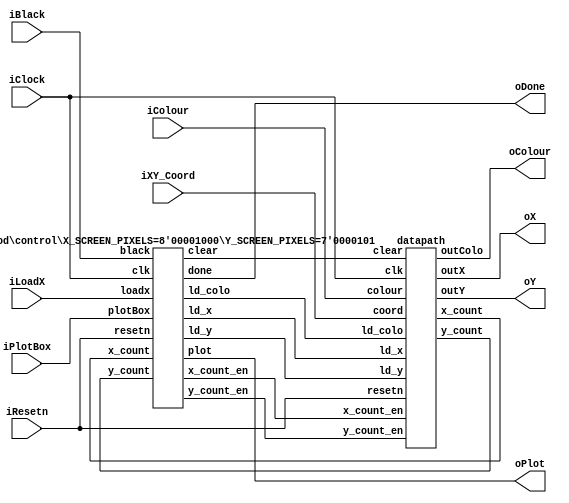
//
// This is the template for Part 2 of Lab 7.
//
// Paul Chow
// November 2021
//

module part2(iResetn, iPlotBox, iBlack, iColour, iLoadX, iXY_Coord, iClock, oX, oY, oColour, oPlot, oDone);
   parameter X_SCREEN_PIXELS = 8'd8;
   parameter Y_SCREEN_PIXELS = 7'd5;

   input wire iResetn, iPlotBox, iBlack, iLoadX;
   input wire [2:0] iColour;
   input wire [6:0] iXY_Coord;
   input wire 	    iClock;
   output wire [7:0] oX;         // VGA pixel coordinates
   output wire [6:0] oY;

   output wire [2:0] oColour;     // VGA pixel colour (0-7)
   output wire 	     oPlot;       // Pixel draw enable
   output wire       oDone;       // goes high when finished drawing frame

   //
   // Your code goes here

   // lots of wires to connect our datapath and control
    wire ld_x, ld_y, ld_colo, x_count_en, y_count_en, clear;
    wire [7:0] x_count;
    wire [6:0] y_count;

    control #(.X_SCREEN_PIXELS(X_SCREEN_PIXELS), .Y_SCREEN_PIXELS(Y_SCREEN_PIXELS)) C0(
        .clk(iClock),
        .resetn(iResetn),

        .loadx(iLoadX),
        .plotBox(iPlotBox),
        .black(iBlack),

        .ld_x(ld_x),
        .ld_y(ld_y),
        .ld_colo(ld_colo),
        .x_count_en(x_count_en),
        .y_count_en(y_count_en),
        .clear(clear),
        .plot(oPlot),

        .x_count(x_count),
        .y_count(y_count),

        .done(oDone)
    );

    datapath D0(
        .clk(iClock), 
        .resetn(iResetn), 

        .coord(iXY_Coord), 
        .colour(iColour),

        .ld_x(ld_x),
        .ld_y(ld_y),
        .ld_colo(ld_colo),
        .x_count_en(x_count_en),
        .y_count_en(y_count_en),
        .clear(clear),

        .x_count(x_count),
        .y_count(y_count),

        .outX(oX), 
        .outY(oY),
        .outColo(oColour)
    );

endmodule // part2

module control #(parameter X_SCREEN_PIXELS = 8'd160,
    parameter Y_SCREEN_PIXELS = 7'd120) (
    input clk,
    input resetn,

    input loadx,
    input plotBox,
    input black,

    output reg ld_x, ld_y, ld_colo, x_count_en, y_count_en,
    output reg clear, plot,
    input [7:0] x_count, 
    input [6:0] y_count,
    output reg done
    );

    reg [5:0] current_state, next_state;

    localparam  S_LOAD_X        = 5'd0,
                S_LOAD_X_WAIT   = 5'd1,
                S_LOAD_Y        = 5'd2,
                S_LOAD_Y_WAIT   = 5'd3,
                S_DRAW          = 5'd4,
                S_INCREMENT_Y   = 5'd5,
                S_DONE          = 5'd6,
                S_DRAW_BLACK    = 5'd7,
                S_INCREMENT_BL  = 5'd8,
                S_BLACK_WAIT    = 5'd9;

    // Next state logic aka our state table
    always@(*)
    begin: state_table
            case (current_state)
                S_LOAD_X: begin if (loadx)                     // Loop in current state until value is input or set clear
                                    next_state = S_LOAD_X_WAIT;
                                else if (black)
                                    next_state = S_BLACK_WAIT;
                                else
                                    next_state = S_LOAD_X;
                end
                S_LOAD_X_WAIT: next_state = loadx ? S_LOAD_X_WAIT : S_LOAD_Y; // Loop in current state until loadx signal goes low
                S_LOAD_Y: next_state = plotBox ? S_LOAD_Y_WAIT : S_LOAD_Y; // Loop in current state until value is input
                S_LOAD_Y_WAIT: next_state = plotBox ? S_LOAD_Y_WAIT : S_DRAW; // Loop in current state until plotBox signal goes low

                S_DRAW: begin if (x_count == 8'd2)
                                next_state = S_INCREMENT_Y;
                              else
                                next_state = S_DRAW;
                end
                S_INCREMENT_Y:  begin if (y_count == 7'd3)
                                        next_state = S_DONE;
                                      else 
                                        next_state = S_DRAW;
                end
                
                S_DRAW_BLACK: begin if (x_count == X_SCREEN_PIXELS-1'b1)
                                        next_state = S_INCREMENT_BL;
                                    else 
                                        next_state = S_DRAW_BLACK;
                end 
                S_INCREMENT_BL: begin if (y_count == Y_SCREEN_PIXELS-1'b1)
                                        next_state = S_DONE;
                                      else
                                        next_state = S_DRAW_BLACK;
                end  

                S_DONE: begin if (loadx)                     // Loop in current state until value is input or set clear
                                    next_state = S_LOAD_X_WAIT;
                                else if (black)
                                    next_state = S_BLACK_WAIT;
                                else    
                                    next_state = S_DONE;
                end 

                S_BLACK_WAIT: next_state = black ? S_BLACK_WAIT : S_DRAW_BLACK;
            default:     next_state = S_LOAD_X;
        endcase
    end // state_table


    // Output logic aka all of our datapath control signals
    always @(*)
    begin: enable_signals
        // By default make all our signals 0
        ld_x = 1'b0;
        ld_y = 1'b0;
        ld_colo = 1'b0;
        x_count_en = 1'b0;
        y_count_en = 1'b0;
        clear = 1'b0;
        plot = 1'b0;
        done = 1'b0;

        case (current_state)
            S_LOAD_X: begin
                ld_x = 1'b1;
            end
            S_LOAD_Y: begin
                ld_y = 1'b1;
                ld_colo = 1'b1;
            end
            S_DRAW: begin
                x_count_en = 1'b1;
                plot = 1'b1;
            end
            S_INCREMENT_Y: begin
                y_count_en = 1'b1;
                plot = 1'b1;
            end
            S_DRAW_BLACK: begin
                x_count_en = 1'b1;
                plot = 1'b1;
                clear = 1'b1;
            end
            S_INCREMENT_BL: begin 
                y_count_en = 1'b1;
                clear = 1'b1;
            end
            S_DONE: begin
                ld_x = 1'b1;
                done = 1'b1;
            end
        // default:    // don't need default since we already made sure all of our outputs were assigned a value at the start of the always block
        endcase
    end // enable_signals

    // current_state registers
    always@(posedge clk)
    begin: state_FFs
        if(!resetn)
            current_state <= S_LOAD_X;
        else
            current_state <= next_state;
    end // state_FFS
endmodule

module datapath(
    input clk,
    input resetn,
    input [6:0] coord,
    input [2:0] colour,
    input ld_x, ld_y, ld_colo,
    input x_count_en, y_count_en,
    input clear,
    output reg [7:0] x_count,
    output reg [6:0] y_count,
    output reg [7:0] outX,
    output reg [6:0] outY,
    output reg [2:0] outColo
    );

    // input registers
    reg [7:0] X;
    reg [6:0] Y;
    reg [2:0] colo;

    // Registers X, Y, colo with respective input logic
    always@(posedge clk) begin
        if(!resetn) begin
            X <= 8'b0;
            Y <= 7'b0;
            colo <= 3'b0;
        end
        else begin
            if(ld_x)
                X <= {1'b0, coord};
            if(ld_y)
                Y <= coord;
            if(ld_colo)
                colo <= colour;
        end
    end

    // counters
    always @(posedge clk) begin
        if (!resetn) begin
            x_count <= 8'b0;
            y_count <= 7'd0; 
        end
        else
            if (x_count_en)
                x_count <= x_count + 1'b1;
            else if (y_count_en) begin
                y_count <= y_count + 1'b1;
                x_count <= 8'b0;
            end
            else
                y_count <= 7'b0;
    end

    // The output multiplexers
    always @(*)
    begin
        case (clear)
            1'b0: begin
                outX = X + x_count;
                outY = Y + y_count;
                outColo = colo;
            end
            1'b1: begin
                outX = x_count;
                outY= y_count;
                outColo = 3'b000;
            end
            default: begin
                outX = 8'b0;
                outY= 7'b0;
                outColo = 3'd0;
            end
        endcase
    end
endmodule